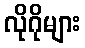
လိုဂိုများ